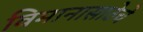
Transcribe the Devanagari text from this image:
विमानासाठेचे